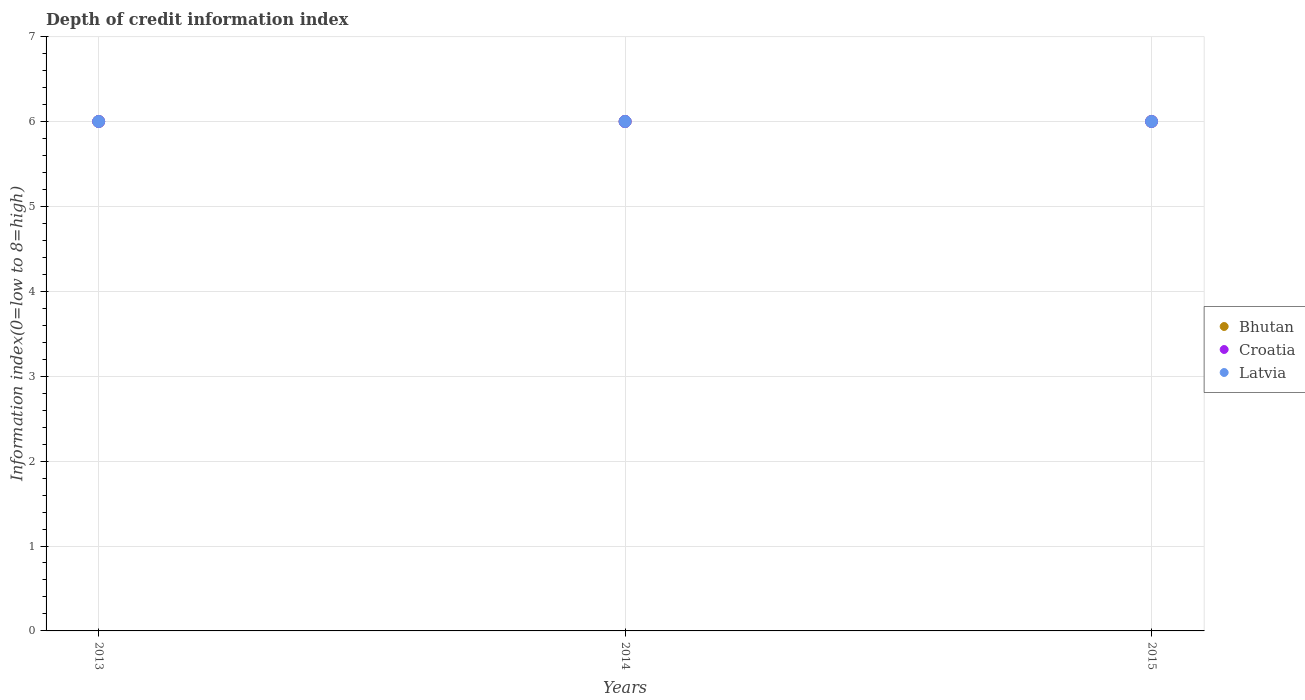
| Years | Bhutan | Croatia | Latvia |
 | --- | --- | --- | --- |
 | 2013 | 6 | 6 | 6 |
 | 2014 | 6 | 6 | 6 |
 | 2015 | 6 | 6 | 6 |